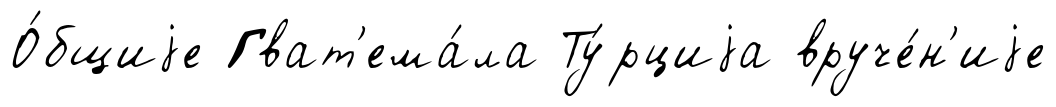
О́бщиjе Гват'ема́ла Ту́рциjа вруче́н'иjе